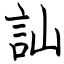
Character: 訕